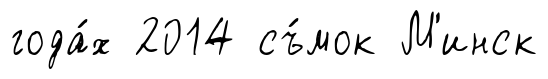
года́х 2014 съ́мок М'инск